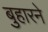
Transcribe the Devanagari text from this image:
बुहारने